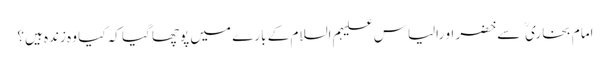
امام بخاری  سے خضر او رالیاس علیہم السلام کے بارے میں پوچھا گیا کہ کیا وہ زندہ ہیں؟